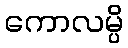
ကောလမ္ပိ